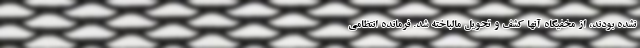
نشده بودند، از مخفیگاه آنها کشف و تحویل مالباخته شد. فرمانده انتظامی